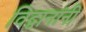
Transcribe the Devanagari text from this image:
विद्वानांनीं